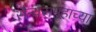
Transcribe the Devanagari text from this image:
सैन्यसमूहाच्या